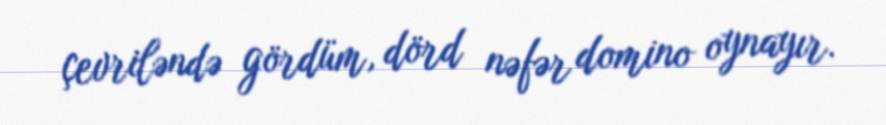
çevriləndə gördüm, dörd nəfər domino oynayır.